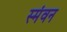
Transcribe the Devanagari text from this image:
स्मंवन